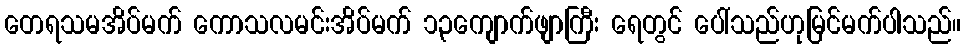
တေရသမအိပ်မက် ကောသလမင်းအိပ်မက် ၁၃ကျောက်ဖျာကြီး ရေတွင် ပေါ်သည်ဟုမြင်မက်ပါသည်။